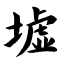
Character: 墟